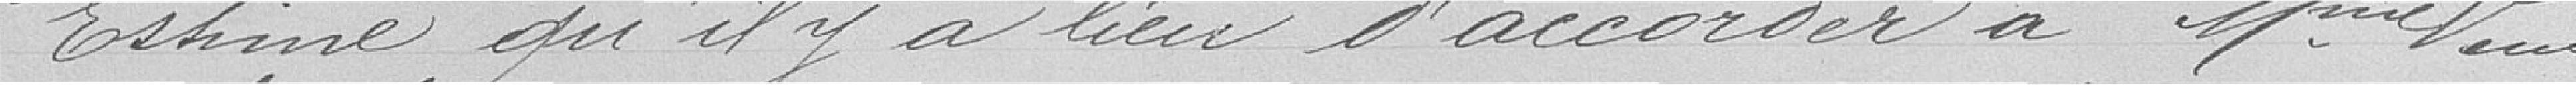
Estime qu'il y a lieu d'accorder à Mme Veuve